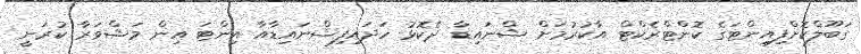
ގަބޫލްކޮށްފިއިންޓަގެ ކޮންޓްރެކްޓް އާކުރުމަށް ޝްނައިޑާ ދެކޮޅު ހަދައިފިޝްނައިޑާއާ އިންޓަ އިން މަޝްވަރާ ކުރަނީ